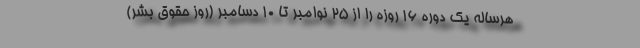
هرساله یک دوره ۱۶ روزه را از ۲۵ نوامبر تا ۱۰ دسامبر (روز حقوق بشر)